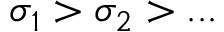
\sigma _ { 1 } > \sigma _ { 2 } > . . .